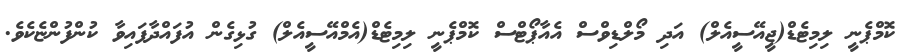
ކޮމްޕެނީ ލިމިޓެޑް(ޖީއޭސީއެލް) އަދި މޯލްޑިވްސް އެއާޕޯޓްސް ކޮމްޕެނީ ލިމިޓެޑް(އެމްއޭސީއެލް) ގުޅިގެން އުފައްދާފައިވާ ކުންފުންޏެކެވެ.